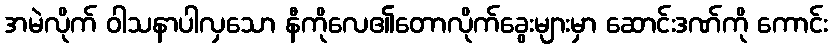
အမဲလိုက် ဝါသနာပါလှသော နီကိုလေ၏တောလိုက်ခွေးများမှာ ဆောင်းဒဏ်ကို ကောင်း